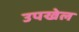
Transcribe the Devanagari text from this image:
उपखेल